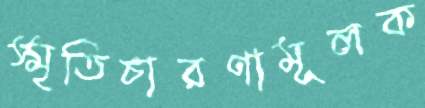
স্মৃতিচারণামূলক